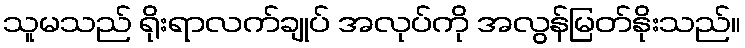
သူမသည် ရိုးရာလက်ချုပ် အလုပ်ကို အလွန်မြတ်နိုးသည်။